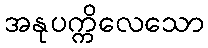
အနုပက္ကိလေသော